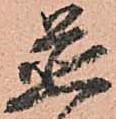
置